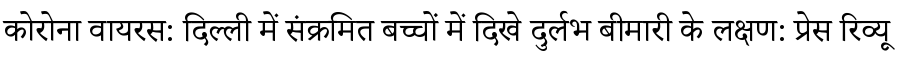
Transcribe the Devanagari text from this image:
कोरोना वायरस: दिल्ली में संक्रमित बच्चों में दिखे दुर्लभ बीमारी के लक्षण: प्रेस रिव्यू